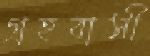
গ্রহবাসী